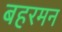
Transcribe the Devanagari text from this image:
बहरमन